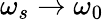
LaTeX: \omega_{s}\rightarrow\omega_{0}